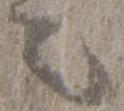
之